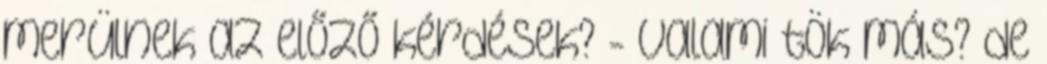
merülnek az előző kérdések? - valami tök más? de